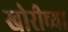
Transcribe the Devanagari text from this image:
खोरीच्या